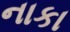
નાકા